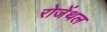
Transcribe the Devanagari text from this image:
रोजेंथल